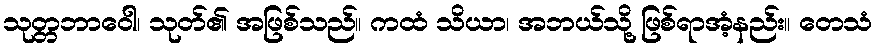
သုတ္တဘာဝေါ၊ သုတ်၏ အဖြစ်သည်။ ကထံ သိယာ၊ အဘယ်သို့ ဖြစ်ရာအံ့နည်း။ တေသံ